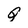
Character: Q